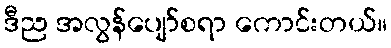
ဒီည အလွန်ပျော်စရာ ကောင်းတယ်။